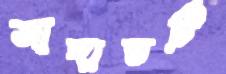
সাঙ্গাতটি